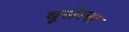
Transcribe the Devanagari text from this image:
बूसेल्स